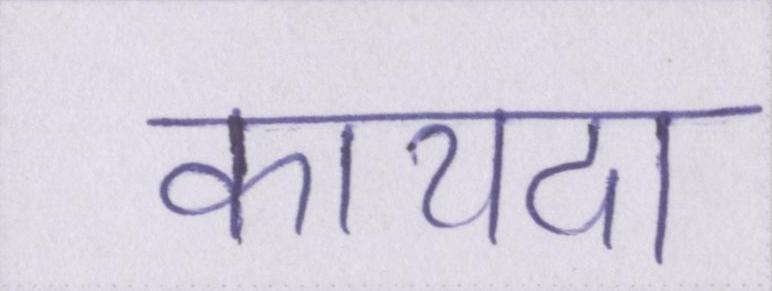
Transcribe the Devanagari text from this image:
कायदा